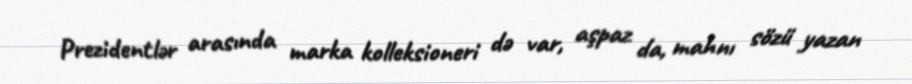
Prezidentlər arasında marka kolleksioneri də var, aşpaz da, mahnı sözü yazan